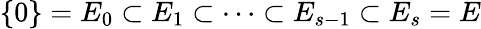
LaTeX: \{ 0\} =E_{0}\subset E_{1}\subset\cdots\subset E_{s-1}\subset E_{s}=E